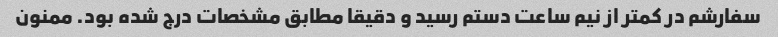
سفارشم در کمتر از نیم ساعت دستم رسید و دقیقا مطابق مشخصات درج شده بود. ممنون